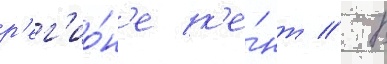
р'ег'ио́н'е к'е́нт // В